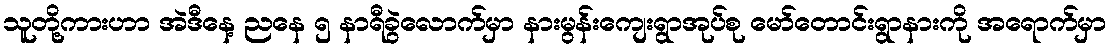
သူတို့ကားဟာ အဲဒီနေ့ ညနေ ၅ နာရီခွဲလောက်မှာ နားမွန်းကျေးရွာအုပ်စု မော်တောင်းရွာနားကို အရောက်မှာ